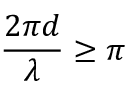
{ \frac { 2 \pi d } { \lambda } } \geq \pi